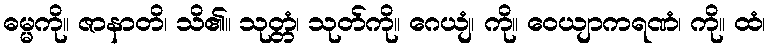
ဓမ္မကို။ ဇာနာတိ၊ သိ၏။ သုတ္တံ၊ သုတ်ကို။ ဂေယျံ၊ ကို။ ဝေယျာကရဏံ၊ ကို။ ထံ၊